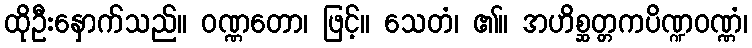
ထိုဦးနှောက်သည်။ ဝဏ္ဏတော၊ ဖြင့်။ သေတံ၊ ၏။ အဟိစ္ဆတ္တကပိဏ္ဍဝဏ္ဏံ၊